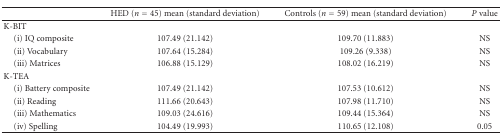
<table><thead><tr><td></td><td><b>HED (<i>n</i> = 45) mean (standard deviation)</b></td><td><b>Controls (<i>n</i> = 59) mean (standard deviation)</b></td><td><b><i>P</i> value</b></td></tr></thead><tbody><tr><td>K-BIT</td><td></td><td></td><td></td></tr><tr><td> (i) IQ composite</td><td>107.49 (21.142)</td><td>109.70 (11.883)</td><td>NS</td></tr><tr><td> (ii) Vocabulary</td><td>107.64 (15.284)</td><td>109.26 (9.338)</td><td>NS</td></tr><tr><td> (iii) Matrices</td><td>106.88 (15.129)</td><td>108.02 (16.219)</td><td>NS</td></tr><tr><td>K-TEA</td><td></td><td></td><td></td></tr><tr><td> (i) Battery composite</td><td>107.49 (21.142)</td><td>107.53 (10.612)</td><td>NS</td></tr><tr><td> (ii) Reading</td><td>111.66 (20.643)</td><td>107.98 (11.710)</td><td>NS</td></tr><tr><td> (iii) Mathematics</td><td>109.03 (24.616)</td><td>109.44 (15.364)</td><td>NS</td></tr><tr><td> (iv) Spelling</td><td>104.49 (19.993)</td><td>110.65 (12.108)</td><td>0.05</td></tr></tbody></table>